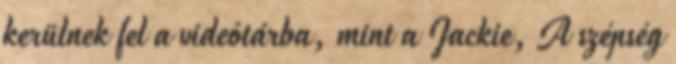
kerülnek fel a videótárba, mint a Jackie, A szépség